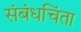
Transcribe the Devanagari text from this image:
संबंधचिंता